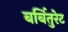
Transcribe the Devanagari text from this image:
बर्बितुरेट